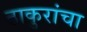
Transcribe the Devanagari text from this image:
ठाकुरांचा